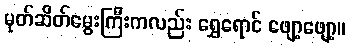
မုတ်ဆိတ်မွေးကြီးကလည်း ရွှေရောင် ဖျော့ဖျော့။